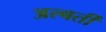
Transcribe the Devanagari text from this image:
अल्बर्ती